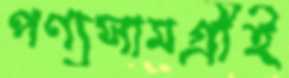
পণ্যসামগ্রীই